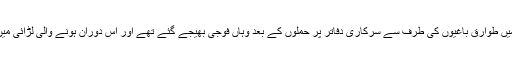
گزشتہ ہفتے کیدال نامی علاقے میں طوارق باغیوں کی طرف سے سرکاری دفاتر پر حملوں کے بعد وہاں فوجی بھیجے گئے تھے اور اس دوران ہونے والی لڑائی میں کم ازکم 36 افراد ہلاک ہوگئے۔